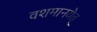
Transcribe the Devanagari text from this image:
वशमानयेत्